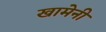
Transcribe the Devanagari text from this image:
खामेनी